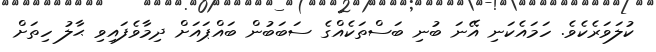
ކުލަވަރެކެވެ. ހަމައެކަނި އޭނަ ބުނި ބަސްތަކެއްގެ ސަބަބުން ބައްޕައަށް ދިމާވެފައިވި ޙާލު ހިތަށް